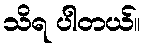
သိရ ပါတယ်။